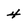
Character: 4